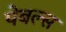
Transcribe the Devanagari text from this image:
पेबल्स